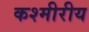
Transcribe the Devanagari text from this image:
कश्मीरीय